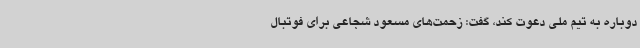
دوباره به تیم ملی دعوت کند، گفت: زحمت‌های مسعود شجاعی برای فوتبال